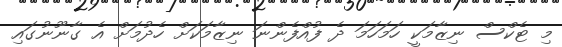
މި ޓެކްސް ނިޒާމަކީ ހަމަހަމަ ދެ ފުއްފެންނަ ނިޒާމަކަށް ހެދުމަށް އެ ގާނޫނުގައި